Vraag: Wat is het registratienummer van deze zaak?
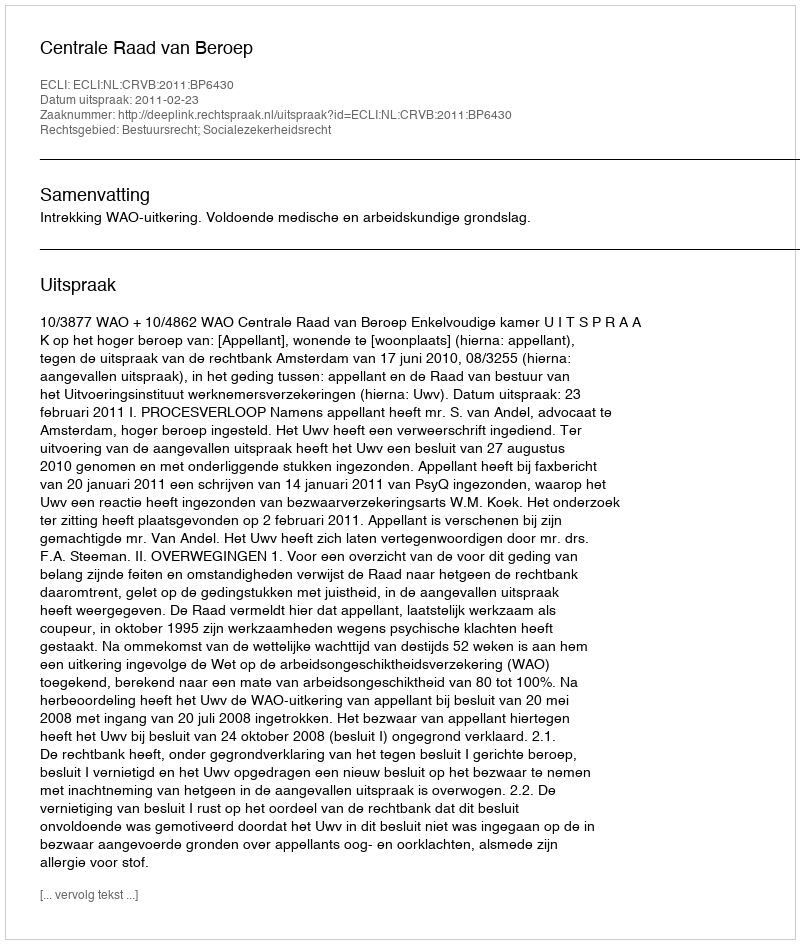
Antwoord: http://deeplink.rechtspraak.nl/uitspraak?id=ECLI:NL:CRVB:2011:BP6430